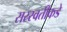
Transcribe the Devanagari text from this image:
सरस्वतींकडे